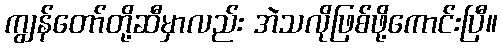
ကျွန်တော်တို့ဆီမှာလည်း အဲသလိုဖြစ်ဖို့ကောင်းပြီ။